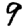
Digit: 9